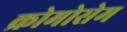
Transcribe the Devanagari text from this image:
क्रोमोसेम